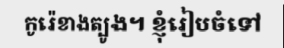
កូរ៉េខាងត្បូង។ ខ្ញុំរៀបចំទៅ